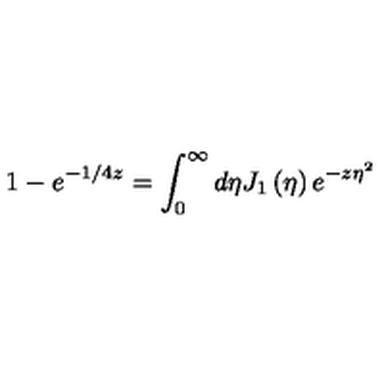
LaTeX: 1 - e ^ { - 1 / 4 z } = \int _ { 0 } ^ { \infty } d \eta J _ { 1 } \left( \eta \right) e ^ { - z \eta ^ { 2 } }